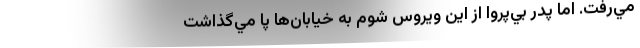
مي‌رفت. اما پدر بي‌‌پروا از اين ويروس شوم به خيابان‌ها پا مي‌گذاشت